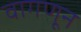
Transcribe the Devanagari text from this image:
वागणून